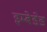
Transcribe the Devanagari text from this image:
इम्बेडेड